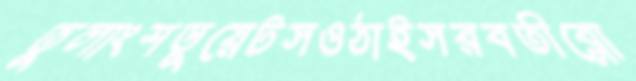
তুলাংশডুয়েটসওঠাইসরবতীব্লো